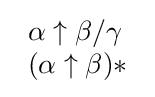
{\begin{array}{l}\alpha \uparrow \beta /\gamma \\(\alpha \uparrow \beta )*\end{array}}